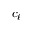
c _ { \ell }